Lunatic asylums Burma 1907-21 - 1907-1921
Year: 1907
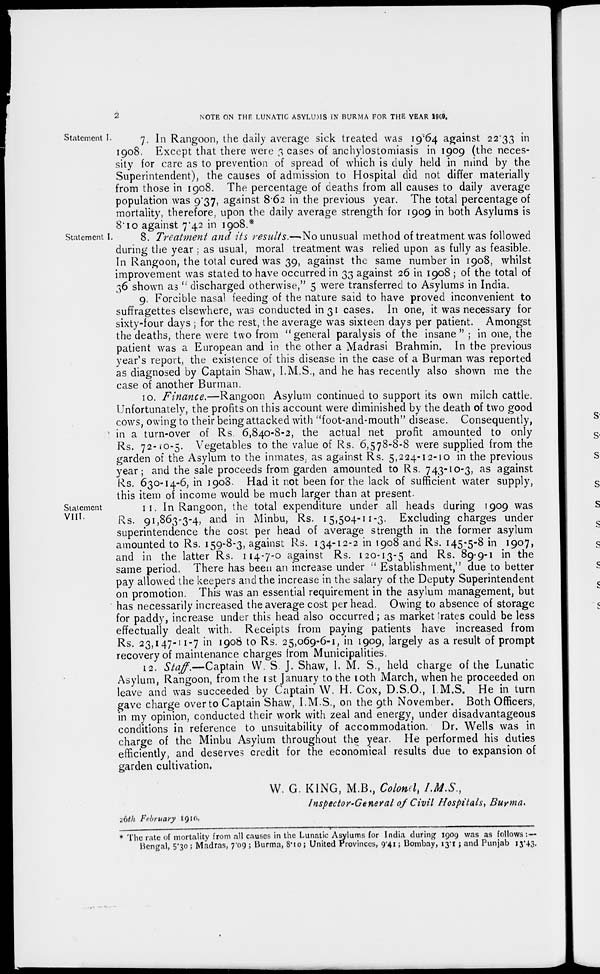
2
NOTE ON THE LUNATIC ASYLUMS IN BURMA FOR THE YEAR 1909.
Statement I.
7. In Rangoon, the daily average sick treated was 19.64 against 22.33 in
1908. Except that there were 3 cases of anchylostomiasis in 1909 (the neces-
sity for care as to prevention of spread of which is duly held in mind by the
Superintendent), the causes of admission to Hospital did not differ materially
from those in 1908. The percentage of deaths from all causes to daily average
population was 9.37, against 8.62 in the previous year. The total percentage of
mortality, therefore, upon the daily average strength for 1909 in both Asylums is
8.10 against 7.42 in 1908.*
Statement I.
8. Treatment and its results.—No unusual method of treatment was followed
during the year ; as usual, moral treatment was relied upon as fully as feasible.
In Rangoon, the total cured was 39, against the same number in 1908, whilst
improvement was stated to have occurred in 33 against 26 in 1908 ; of the total of
36 shown as " discharged otherwise," 5 were transferred to Asylums in India.
9. Forcible nasal feeding of the nature said to have proved inconvenient to
suffragettes elsewhere, was conducted in 31 cases. In one, it was necessary for
sixty-four days ; for the rest, the average was sixteen days per patient. Amongst
the deaths, there were two from "general paralysis of the insane" ; in one, the
patient was a European and in the other a Madrasi Brahmin. In the previous
year's report, the existence of this disease in the case of a Burman was reported
as diagnosed by Captain Shaw, I.M.S., and he has recently also shown me the
case of another Burman.
10. Finance.—Rangoon Asylum continued to support its own milch cattle.
Unfortunately, the profits on this account were diminished by the death of two good
cows, owing to their being attacked with "foot-and-mouth" disease. Consequently,
in a turn-over of Rs. 6,840-8-2, the actual net profit amounted to only
Rs. 72-10-5. Vegetables to the value of Rs. 6,578-8-8 were supplied from the
garden of the Asylum to the inmates, as against Rs. 5,224-12-10 in the previous
year; and the sale proceeds from garden amounted to Rs. 743-10-3, as against
Rs. 630-14-6, in 1908. Had it not been for the lack of sufficient water supply,
this item of income would be much larger than at present.
Statement
VIII.
11. In Rangoon, the total expenditure under all heads during 1909 was
Rs. 91,863-3-4, and in Minbu, Rs. 15,504-11-3. Excluding charges under
superintendence the cost per head of average strength in the former asylum
amounted to Rs. 159-8-3, against Rs. 134-12-2 in 1908 and Rs. 145-5-8 in 1907,
and in the latter Rs. 114-7-0 against Rs. 120-13-5 and Rs. 89-9-1 in the
same period. There has been an increase under " Establishment," due to better
pay allowed the keepers and the increase in the salary of the Deputy Superintendent
on promotion. This was an essential requirement in the asylum management, but
has necessarily increased the average cost per head. Owing to absence of storage
for paddy, increase under this head also occurred; as market rates could be less
effectually dealt with. Receipts from paying patients have increased from
Rs. 23,147-11-7 in 1908 to Rs. 25,069-6-1, in 1909, largely as a result of prompt
recovery of maintenance charges from Municipalities.
12. Staff.—Captain W. S J. Shaw, I. M. S., held charge of the Lunatic
Asylum, Rangoon, from the 1st January to the 10th March, when he proceeded on
leave and was succeeded by Captain W. H. Cox, D.S.O., I.M.S. He in turn
gave charge over to Captain Shaw, I.M.S., on the 9th November. Both Officers,
in my opinion, conducted their work with zeal and energy, under disadvantageous
conditions in reference to unsuitability of accommodation. Dr. Wells was in
charge of the Minbu Asylum throughout the year. He performed his duties
efficiently, and deserves credit for the economical results due to expansion of
garden cultivation.
W. G. KING, M.B., Colonel I.M.S.,
Inspector-General of Civil Hospitals, Burma.
26th February 1910.
* The rate of mortality from all causes in the Lunatic Asylums for India during 1909 was as follows: —
Bengal, 5.30; Madras, 7.09 ; Burma, 8.10; United Provinces, 9.41; Bombay, 13.1 ; and Punjab 13.43.